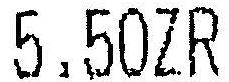
5.50ZR